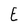
Character: E